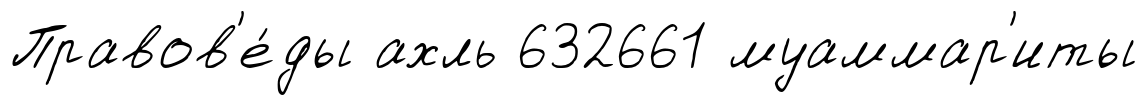
Правов'е́ды ахль 632661 муаммар'иты